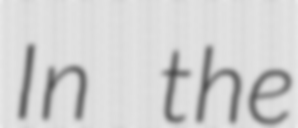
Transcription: In the